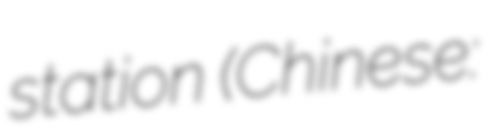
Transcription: station (Chinese: